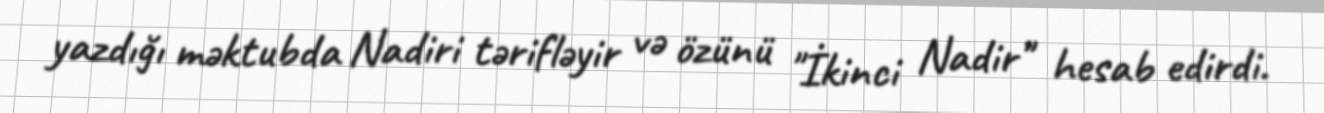
yazdığı məktubda Nadiri tərifləyir və özünü "İkinci Nadir" hesab edirdi.